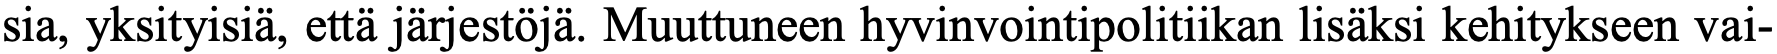
sia, yksityisiä, että järjestöjä. Muuttuneen hyvinvointipolitiikan lisäksi kehitykseen vai-